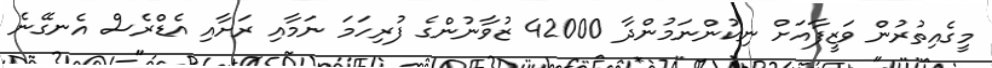
މީގެއިތުރުން ވަޒީފާއަށް ނިކުންނަމުންދާ 42000 ޒުވާނުންގެ ފުރިހަމަ ނަމާއި ރަށާއި އެޑްރެސް އެނގޭނެ